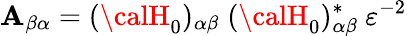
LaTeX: \mathbf{A}_{\beta\alpha}=({\calH}_{0})_{\alpha\beta}\; ({\calH}_{0})_{\alpha\beta}^{*}~\varepsilon^{-2}